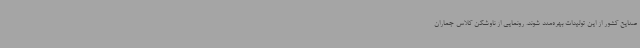
صنایع کشور از این تولیدات بهره‌مند شوند. رونمایی از ناوشکن کلاس جماران